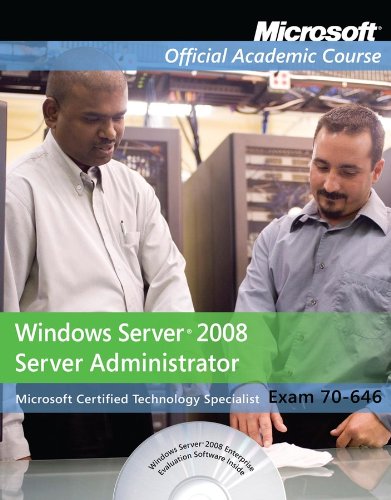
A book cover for Exam 70-646: Windows Server 2008 Administrator with Lab Manual Set; Microsoft Official Academic Course; Computers & Technology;